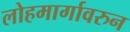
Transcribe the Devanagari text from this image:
लोहमार्गावरुन